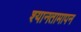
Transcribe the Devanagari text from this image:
श्यानतामापन